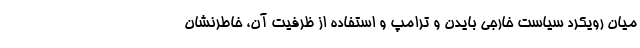
میان رویکرد سیاست خارجی بایدن و ترامپ و استفاده از ظرفیت آن، خاطرنشان